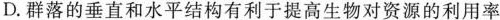
D.群落的垂直和水平结构有利于提高生物对资源的利用率